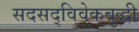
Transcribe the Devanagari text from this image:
सदसद्‌विवेकबुद्धी